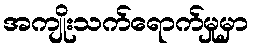
အကျိုးသက်ရောက်မှုမှာ